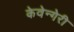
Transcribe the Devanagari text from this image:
केवेन्गेरी